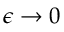
\epsilon \to 0